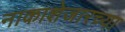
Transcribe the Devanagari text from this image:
नाकाशेजारच्या